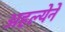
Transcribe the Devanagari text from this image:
अहल्येने